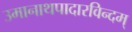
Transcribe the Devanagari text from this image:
उमानाथपादारविन्दम्